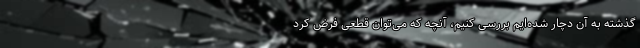
گذشته به آن دچار شده‌ایم بررسی کنیم، آنچه که می‌توان قطعی فرض کرد